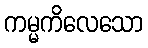
ကမ္မကိလေသော